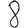
Digit: 8